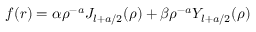
f ( r ) = \alpha \rho ^ { - a } J _ { l + a / 2 } ( \rho ) + \beta \rho ^ { - a } Y _ { l + a / 2 } ( \rho ) \,